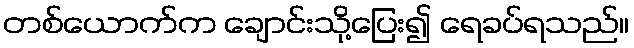
တစ်ယောက်က ချောင်းသို့ပြေး၍ ရေခပ်ရသည်။